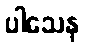
ပါသေန